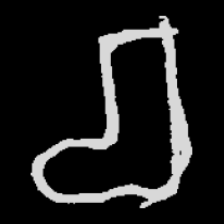
Pyu character \u2014 Myanmar letter: စ (romanized: ca)